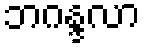
ဘဂန္ဒလာ